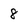
Character: 8